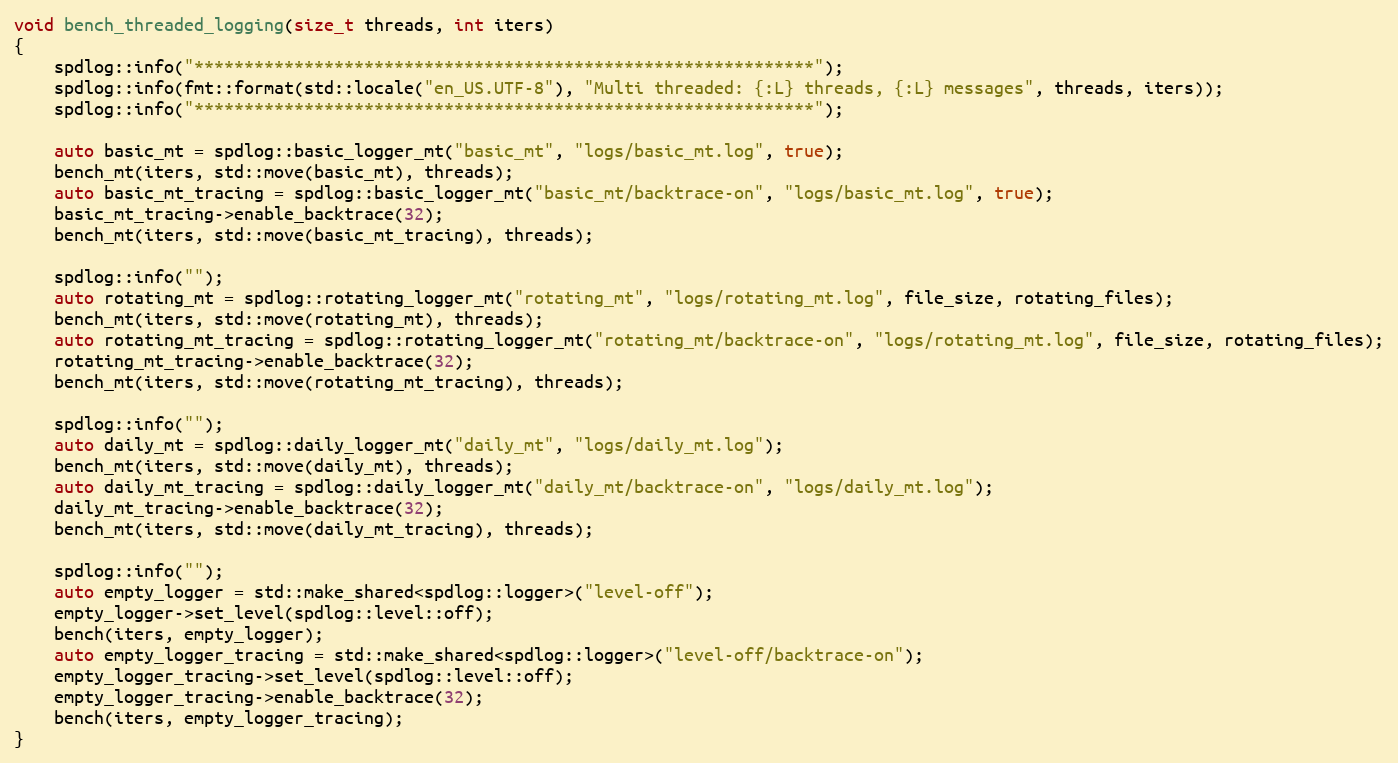
Language: C++
void bench_threaded_logging(size_t threads, int iters)
{
    spdlog::info("**************************************************************");
    spdlog::info(fmt::format(std::locale("en_US.UTF-8"), "Multi threaded: {:L} threads, {:L} messages", threads, iters));
    spdlog::info("**************************************************************");

    auto basic_mt = spdlog::basic_logger_mt("basic_mt", "logs/basic_mt.log", true);
    bench_mt(iters, std::move(basic_mt), threads);
    auto basic_mt_tracing = spdlog::basic_logger_mt("basic_mt/backtrace-on", "logs/basic_mt.log", true);
    basic_mt_tracing->enable_backtrace(32);
    bench_mt(iters, std::move(basic_mt_tracing), threads);

    spdlog::info("");
    auto rotating_mt = spdlog::rotating_logger_mt("rotating_mt", "logs/rotating_mt.log", file_size, rotating_files);
    bench_mt(iters, std::move(rotating_mt), threads);
    auto rotating_mt_tracing = spdlog::rotating_logger_mt("rotating_mt/backtrace-on", "logs/rotating_mt.log", file_size, rotating_files);
    rotating_mt_tracing->enable_backtrace(32);
    bench_mt(iters, std::move(rotating_mt_tracing), threads);

    spdlog::info("");
    auto daily_mt = spdlog::daily_logger_mt("daily_mt", "logs/daily_mt.log");
    bench_mt(iters, std::move(daily_mt), threads);
    auto daily_mt_tracing = spdlog::daily_logger_mt("daily_mt/backtrace-on", "logs/daily_mt.log");
    daily_mt_tracing->enable_backtrace(32);
    bench_mt(iters, std::move(daily_mt_tracing), threads);

    spdlog::info("");
    auto empty_logger = std::make_shared<spdlog::logger>("level-off");
    empty_logger->set_level(spdlog::level::off);
    bench(iters, empty_logger);
    auto empty_logger_tracing = std::make_shared<spdlog::logger>("level-off/backtrace-on");
    empty_logger_tracing->set_level(spdlog::level::off);
    empty_logger_tracing->enable_backtrace(32);
    bench(iters, empty_logger_tracing);
}